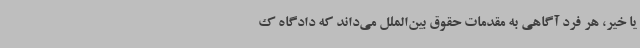
یا خیر، هر فرد آگاهی به مقدمات حقوق بین‌الملل می‌داند که دادگاه ک